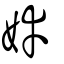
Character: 婞